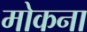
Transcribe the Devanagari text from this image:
मोकना